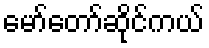
မော်တော်ဆိုင်ကယ်